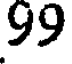
99